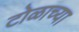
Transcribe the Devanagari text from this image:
टोळाच्या